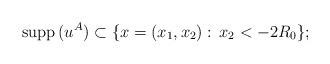
LaTeX: \begin{align*}\operatorname{supp}{(u^A)} \subset\{x=(x_1,x_2):\, x_2 <-2R_0 \};\end{align*}